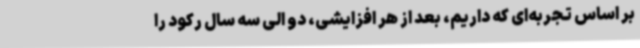
بر اساس تجربه‌ای که داریم، بعد از هر افزایشی، دو الی سه سال رکود را